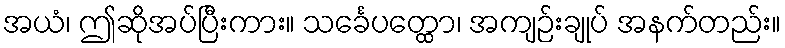
အယံ၊ ဤဆိုအပ်ပြီးကား။ သင်္ခေပတ္ထော၊ အကျဉ်းချုပ် အနက်တည်း။